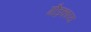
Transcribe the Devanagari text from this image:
गौड़काव्य